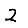
Digit: 2